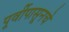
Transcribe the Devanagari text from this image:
पूर्वीपासूनचे